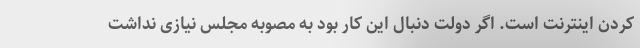
کردن اینترنت است. اگر دولت دنبال این کار بود به مصوبه مجلس نیازی نداشت